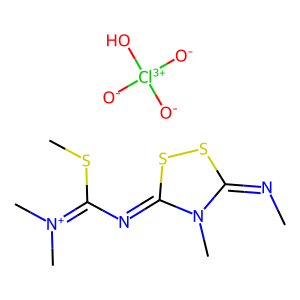
SMILES: CN=c1ssc(=NC(SC)=[N+](C)C)n1C.[O-][Cl+3]([O-])([O-])O
Inhibits HIV replication: No